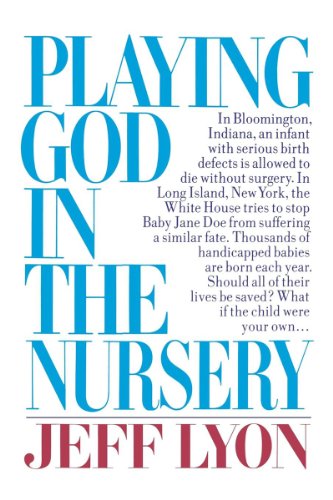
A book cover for Playing God in the Nursery; Jeff Lyon; Medical Books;